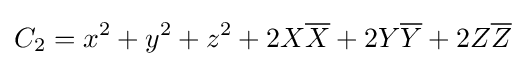
C_{2}=x^{2}+y^{2}+z^{2}+2X{\overline {X}}+2Y{\overline {Y}}+2Z{\overline {Z}}